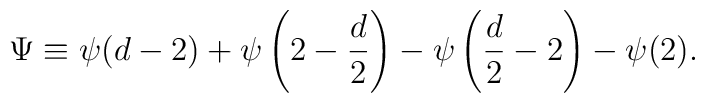
\Psi \equiv \psi(d-2)+            \psi\left(2- {d \over 2}\right)-            \psi\left({d \over 2}-2\right)-\psi(2).